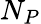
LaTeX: N_{P}